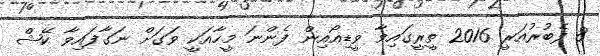
8 ފެބުރުއަރީ 2016 ތީރީގައިވާ ވީޑިއޯއިން ފެންނަ މީހާއަކީ ވަގަށް ނަގާފައިވާ ކޭޝް